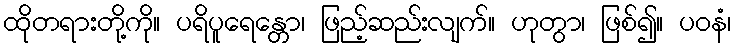
ထိုတရားတို့ကို။ ပရိပူရေန္တော၊ ဖြည့်ဆည်းလျက်။ ဟုတွာ၊ ဖြစ်၍။ ပဝနံ၊